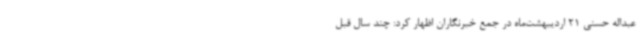
عبداله حسنی 21 اردیبهشت‌ماه در جمع خبرنگاران اظهار کرد: چند سال قبل